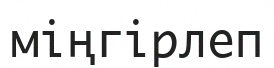
міңгірлеп